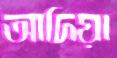
আদিয়া